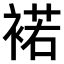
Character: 𧛭